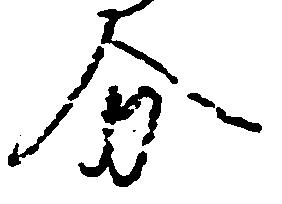
分